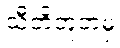
သီတိဘူတမှ